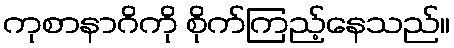
ကုစာနာဂိကို စိုက်ကြည့်နေသည်။